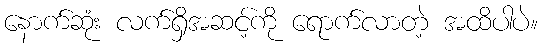
နောက်ဆုံး လက်ရှိအဆင့်ကို ရောက်လာတဲ့ အထိပါပဲ။